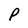
Character: P